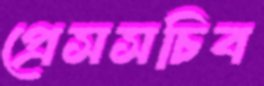
প্রেসসচিব